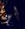
لو